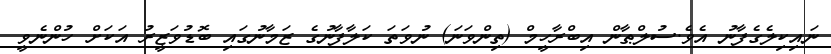
ނައިކިލެގެފާނު އެވެ.ސުލްޠާން އިބްރާހީމް (ތިންވަނަ) ނުވަތަ ކަލާފާނުގެ ޒަމާނުގައި ބޮޑުވަޒީރު އަކަށް ހުންނެވީ